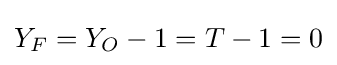
Y_{F}=Y_{O}-1=T-1=0